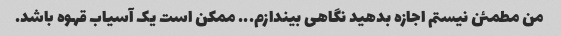
من مطمئن نیستم اجازه بدهید نگاهی بیندازم... ممکن است یک آسیاب قهوه باشد.